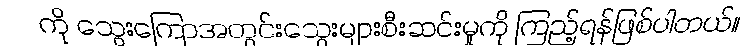
ကို သွေးကြောအတွင်းသွေးများစီးဆင်းမှုကို ကြည့်ရန်ဖြစ်ပါတယ်။